Medical and sanitary report of the native army of Bengal for the year
Year: 1876
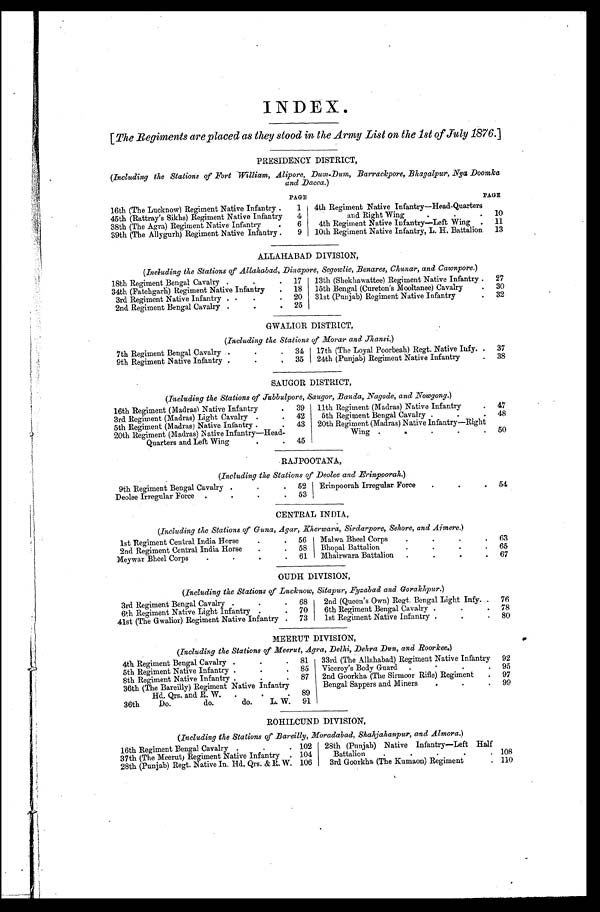
INDEX.
[ The Regiments are placed as they stood in the Army List on the 1st of July 1876.]
PRESIDENCY DISTRICT,
(Including the Stations of Fort William, Alipore, Dum-Dum, Barrackpore, Bhagalpur, Nya Doomka
and Dacca.)
PAGE
PAGE
16th (The Lucknow) Regiment Native Infantry .
1
4th Regiment Native Infantry—Head-Quarters
45th (Rattray's Sikhs) Regiment Native Infantry
4
and Right Wing.
.
10
38th (The Agra) Regiment Native Infantry
.
6
4th Regiment Native Infantry—Left Wing
.
11
39th (The Allygurh) Regiment Native Infantry .
9
10th Regiment Native Infantry, L. H. Battalion
13
ALLAHABAD DIVISION,
( Including the Stations of Allahabad, Dinapore, Segowlie, Benares, Chunar, and Cawnpore. )
18th Regiment Bengal Cavalry
.
.
17
13th (Shekhawattee) Regiment Native Infantry .
27
34th (Fatehgarh) Regiment Native Infantry
.
18
15th Bengal (Cureton's Mooltanee) Cavalry
.
30
3rd Regiment Native Infantry .
.
.
.
20
31st (Punjab) Regiment Native Infantry
.
32
.
2nd. Regiment Bengal Cavalry.
25
GWALIOR DISTRICT,
( Including the Stations of Morar and Jhansi. )
7th Regiment Bengal Cavalry
.
.
34
17th (The Loyal Poorbeah) Regt. Native Infy.
.
37
9th Regiment Native Infantry
.
.
.
35
24th (Punjab) Regiment Native Infantry
.
38
SAUGOR DISTRICT,
(Including the Stations of Jubbulpore, Saugor, Banda, Nagode, and Nowgong. )
16th Regiment (Madras) Native Infantry
.
39
11th Regiment (Madras) Native Infantry
.
47
3rd Regiment (Madras) Light Cavalry
.
.
42
5th Regiment Bengal Cavalry ..
.
48
5th Regiment (Madras) Native Infantry .
.
43
20th Regiment (Madras) Native Infantry—Right
20th Regiment (Madras) Native Infantry—Head.
Wing
.
.
.
50
Quarters and Left Wing.
.
45
RAJPOOTANA,
(Including the Stations of Deolee and Erinpoorah. )
9th Regiment Bengal Cavalry
.
.
52
Erinpoorah Irregular Force
.
.
.
54
Deolee Irregular Forc
. .
.
53
CENTRAL INDIA,
(Including the Stations of Guna, Agar, Kherwara, Sirdarpore, Sehore, and Aimere. )
1st Regiment Central India Horse
.
.
56
Malwa Bheel Corps
.
.
.
63
2nd Regiment Central India Horse
.
.
58
Bhopal Battalion
.
.
.
.
65
Meywar Bheel Corps.
.
.
.
61
Mhairwara Battalion
.
.
.
.
67
OUDH DIVISION,
( Including the Stations of Lucknow, Sitapur, Fyzabad and Gorakhpur. )
3rd Regiment Bengal Cavalry
..
.
68
2nd (Queen's Own) Regt. Bengal Light Infy.
.
76
6th Regiment Native Light Infantry
.
.
70
6th Regiment Bengal Cavalry .
.
.
78
41st (The Gwalior) Regiment Native Infantry
.
73
1st Regiment Native Infantry. .
80
MEERUT DIVISION,
(Including the Stations of Meerut, Agra, Delhi, Dehra Dun, and Roorkee. )
4th Regiment Bengal Cavalry ..
81
33rd (The Allahabad) Regiment Native Infantry
92
.
5th Regiment Native Infantry ..
85
Viceroy's Body Guard
.
.
.
95
8th Regiment Native Infantry ..
87
2nd Goorkha (The Sirmoor Rifle) Regiment
.
97
36th (The Bareilly) Regiment Native Infantry
Bengal Sappers and Miners..
99
.
Hd. Qrs. and R. W.
..
89
36th
Do.
do.
do.
L. W.
91
R O H I L C U N D D I V I S I O N ,
(Including the Stations of Bareilly, Moradabad, Shahjahanpur, and Almora.)
16th Regiment Bengal Cavalry
..
102
28th (Punjab)
Native
Infantry—Left
Half
37th (The Meerut) Regiment Native Infantry
.
104
Battalion
.. .
.
.
108
28th (Punjab) Regt. Native In. Hd. Qrs. & R. W.
106
3rd Goorkha (The Kumaon) Regiment
.
110